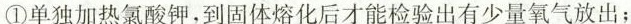
①单独加热氯酸钾，到固体熔化后才能检验出有少量氧气放出；